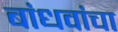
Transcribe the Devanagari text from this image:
बांधवांचा